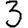
Digit: 3